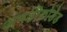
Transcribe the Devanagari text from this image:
अनडीकोडेड